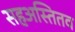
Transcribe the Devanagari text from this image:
सहअस्तितव